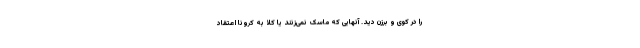
را در کوی و برزن دید. آنهایی که ماسک نمی‌زنند یا کلا به کرونا اعتقاد